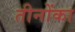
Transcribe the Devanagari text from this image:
तीनोंका